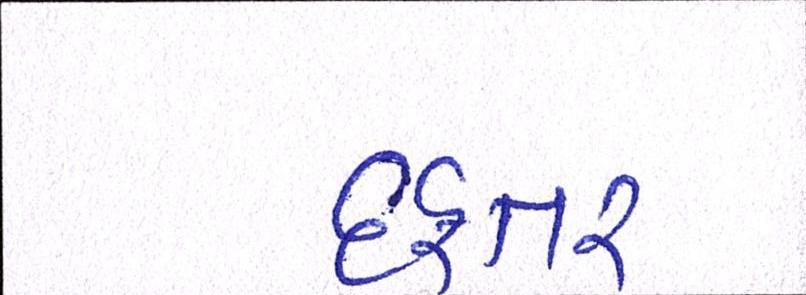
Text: દફતર